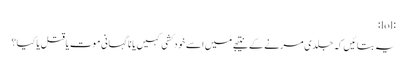
:lol:
یہ بتائیں کہ جلدی مرنے کے نتیجے میں اسے خود کشی کہیں یا نا گہانی موت یا قتل یا کیا؟